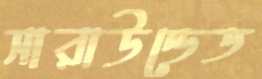
সারাউন্ডেড